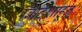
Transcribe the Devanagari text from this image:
ब्रिटिशांहून